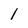
Character: l